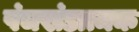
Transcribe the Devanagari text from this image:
पंचखंडात्मक